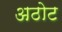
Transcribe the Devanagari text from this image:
अठोट